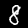
Digit: 8